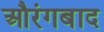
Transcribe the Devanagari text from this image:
औरंगबाद